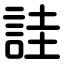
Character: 詿